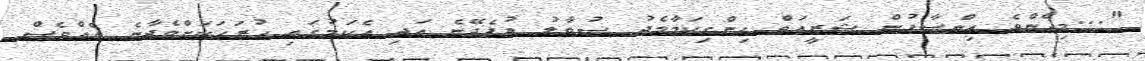
"...މިހެންވެ އިންސާފުން ޝަރީއަތް ހިންގިކަމާމެދު ސުވާލު އުފެދޭނެ އަދި އެކަމުގައި ހުރަހަކަށްވެދާނެ އެއްވެސް